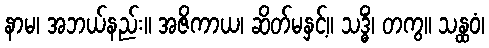
နာမ၊ အဘယ်နည်း။ အဇိကာယ၊ ဆိတ်မနှင့်။ သဒ္ဓိံ၊ တကွ။ သန္ထဝံ၊